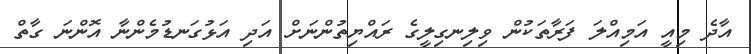
އާދެ މިއީ އަމިއްލަ ފަރާތަކުން ވިލިނގިލީގެ ރައްޔިތުންނަށް އަދި އަޅުގަނޑުމެންނާ އޮންނަ ގާތް